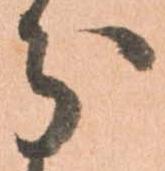
分